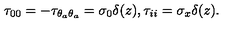
\tau _ { 0 0 } = - \tau _ { \theta _ { a } \theta _ { a } } = \sigma _ { 0 } \delta ( z ) , \- \tau _ { i i } = \sigma _ { x } \delta ( z ) .